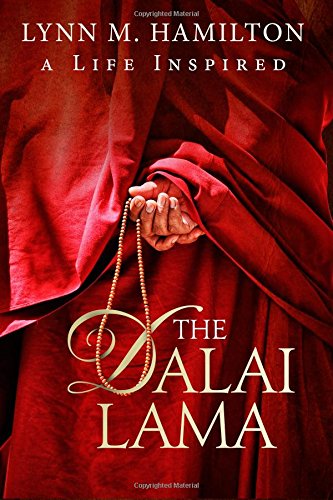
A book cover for The Dalai Lama: A Life Inspired; Lynn M. Hamilton; Religion & Spirituality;